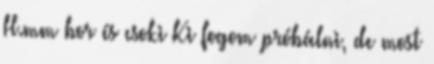
H.mm bor és csoki Ki fogom próbálni, de most